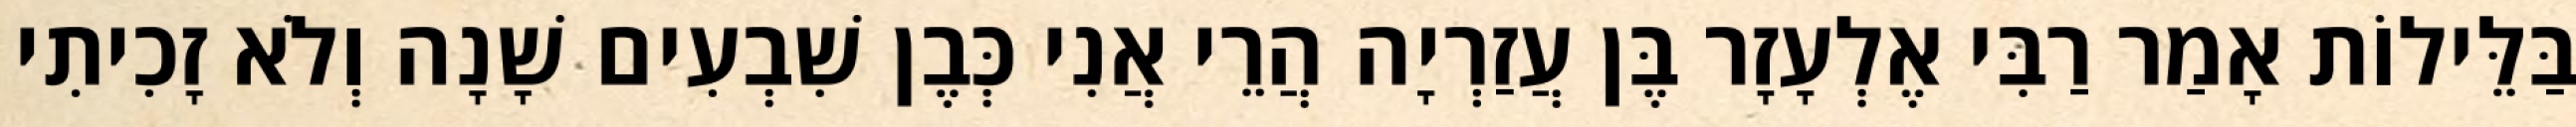
בַּלֵּילוֹת אָמַר רַבִּי אֶלְעָזָר בֶּן עֲזַרְיָה הֲרֵי אֲנִי כְּבֶן שִׁבְעִים שָׁנָה וְלֹא זָכִיתִי